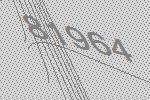
81964